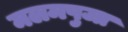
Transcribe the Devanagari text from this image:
मलमपुजा